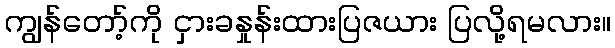
ကျွန်တော့်ကို ငှားခနှုန်းထားပြဇယား ပြလို့ရမလား။